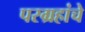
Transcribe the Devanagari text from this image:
परग्रहांचे